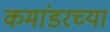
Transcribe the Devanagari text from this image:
कमांडरच्या